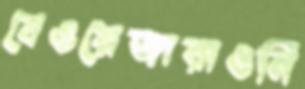
বেওয়েজারাওনি